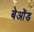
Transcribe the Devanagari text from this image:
बेओंड